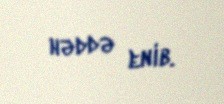
həddə enib.